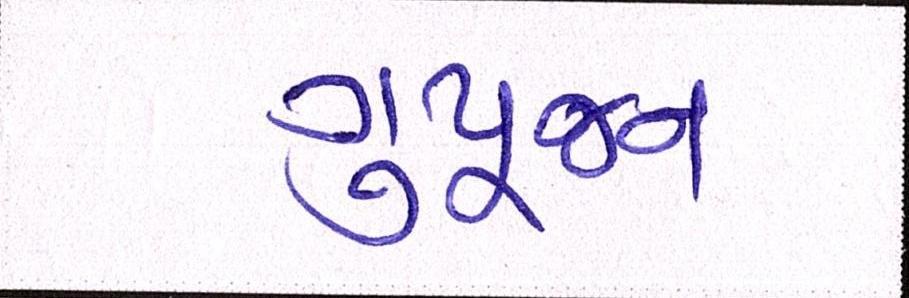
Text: ગુપૂજન